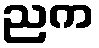
ညက